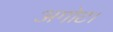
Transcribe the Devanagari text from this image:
अगोट।